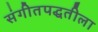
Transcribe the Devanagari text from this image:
संगीतपद्धतीला